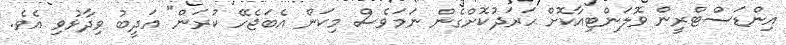
އިންޑަސްޓްރީން ވޮލަންޓިއާކޮށް ހަރަދުކޮށްގެން ނަަމަވެސް މިކަން އެބަޖެހޭ ކުރަން" އަދީބު ވިދާޅުވި އެވެ.